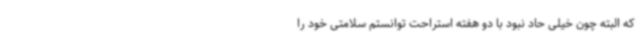
که البته چون خیلی حاد نبود با دو هفته استراحت توانستم سلامتی خود را